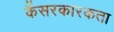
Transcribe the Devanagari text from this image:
कैंसरकारकता